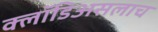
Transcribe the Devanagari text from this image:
क्लॉडिअसलाच